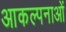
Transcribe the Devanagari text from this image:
आकल्पनाओं